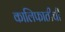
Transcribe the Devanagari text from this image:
कालिफातीची